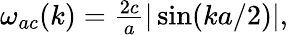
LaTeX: \begin{array}{r}{\omega_{ac}(k)=\frac{2c}{a}|\sin(ka/2)|,}\end{array}